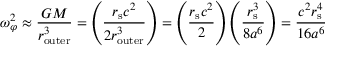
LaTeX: \omega _ { \varphi } ^ { 2 } \approx { \frac { G M } { r _ { \mathrm { o u t e r } } ^ { 3 } } } = \left( { \frac { r _ { \mathrm { { s } } } c ^ { 2 } } { 2 r _ { \mathrm { o u t e r } } ^ { 3 } } } \right) = \left( { \frac { r _ { \mathrm { { s } } } c ^ { 2 } } { 2 } } \right) \left( { \frac { r _ { \mathrm { { s } } } ^ { 3 } } { 8 a ^ { 6 } } } \right) = { \frac { c ^ { 2 } r _ { \mathrm { { s } } } ^ { 4 } } { 1 6 a ^ { 6 } } }